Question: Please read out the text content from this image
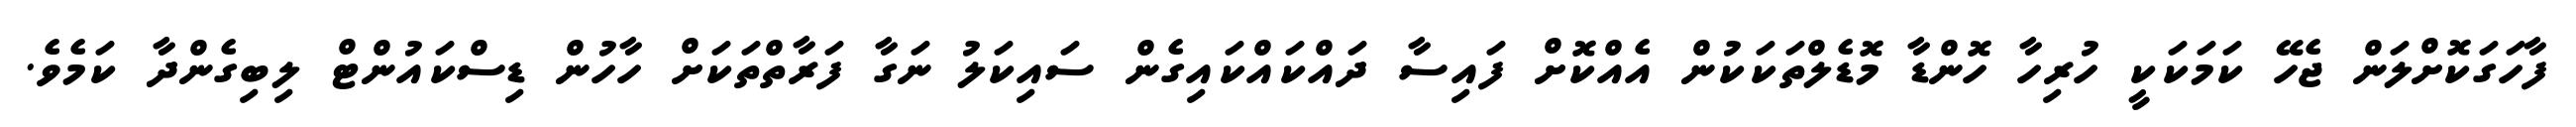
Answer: ފާހަގަކޮށްލަން ޖެހޭ ކަމަކަކީ ހުރިހާ ހޮންޑާ މޮޑެލްތަކަކުން އެއްކޮށް ފައިސާ ދައްކައްކައިގެން ސައިކަލު ނަގާ ފަރާތްތަކަށް ހާހުން ޑިސްކައުންޓް ލިބިގެންދާ ކަމެވެ.